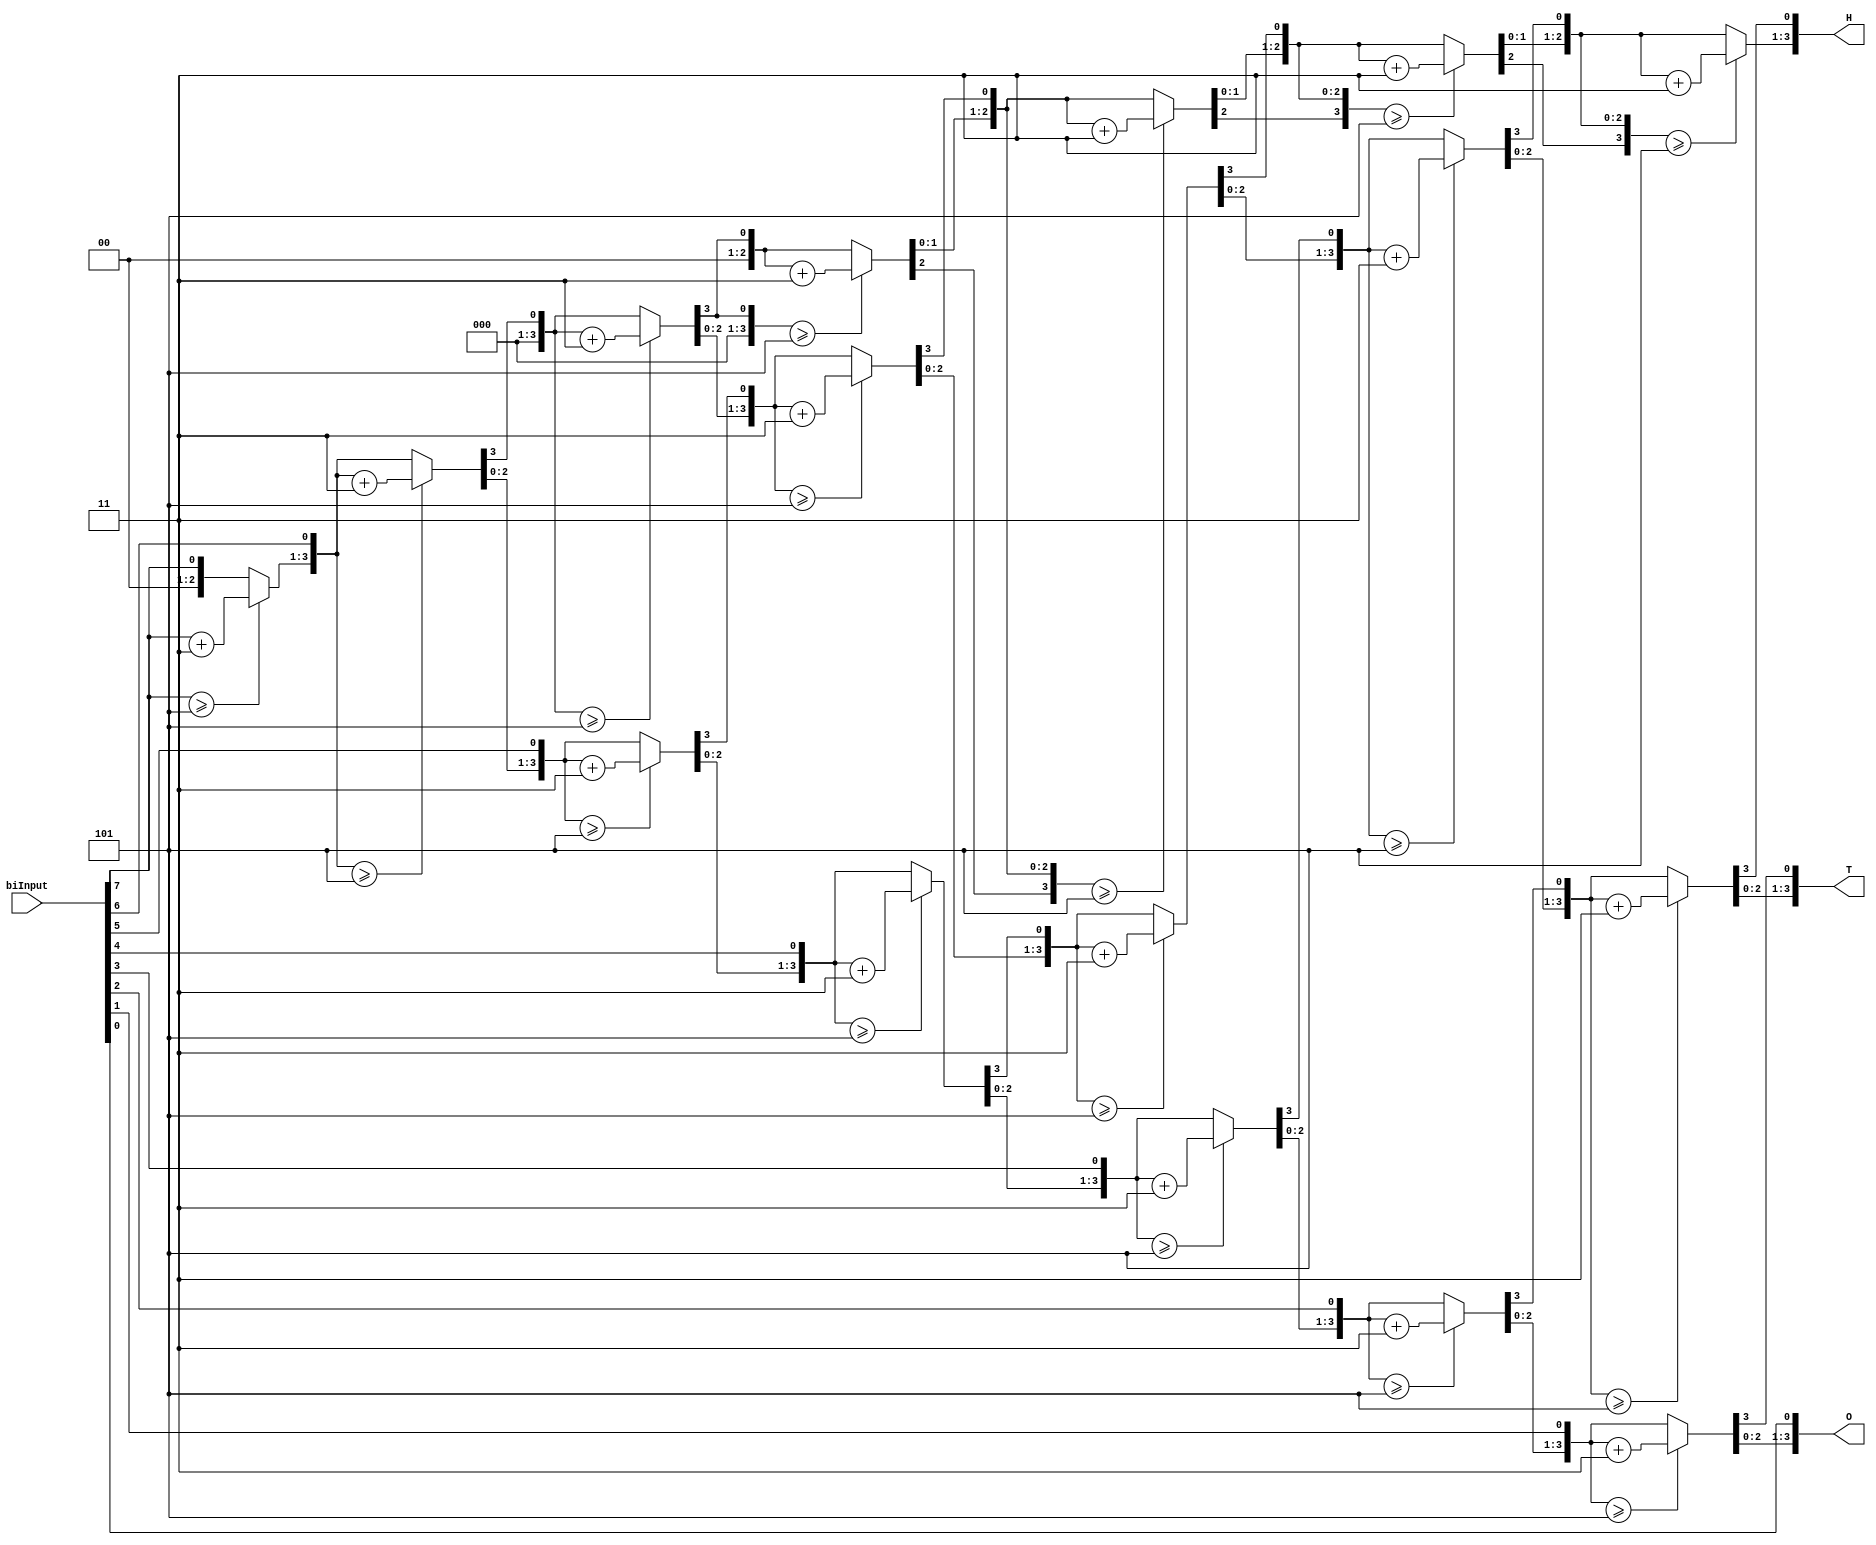
module BCD (
input [7:0] biInput,
output  reg[3:0] H,
output  reg[3:0] T,
output  reg[3:0] O
);
integer i;
always @(biInput)
begin 
H=4'd0;
T=4'd0;
O=4'd0;
for (i=7; i>=0; i=i-1)
begin 
if (H>=5)
  H=H+3;
if (T>=5)
  T=T+3;
if (O>=5)
  O=O+3;
H=H<<1;
H[0]=T[3];
T=T<<1;
T[0]=O[3];
O=O<<1;
O[0]=biInput[i];
end
end
endmodule